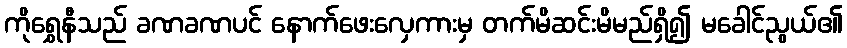
ကိုရွှေနီသည် ခဏခဏပင် နောက်ဖေးလှေကားမှ တက်မိဆင်းမိမည်ရှိ၍ မခေါင်ညွယ်၏